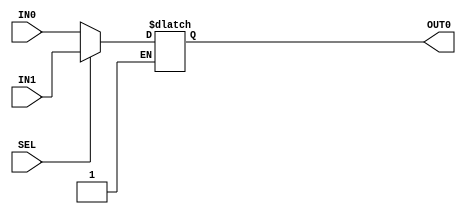
/* -----------------------------------------------------------------------------------
 * Module Name  : mux_2x1
 *
 * Description  : Basic input parmetrized 2 to 1 multiplexer
 * ----------------------------------------------------------------------------------- */

module mux_2x1#( parameter WIDTH = 4 )(     input [WIDTH-1:0] IN0,
                                            input [WIDTH-1:0] IN1,
                                            input SEL,
                                            output [WIDTH-1:0] OUT0 );

    reg [WIDTH-1:0] OUT0_r;

    always@( * )
    begin
        if( !SEL )
        begin
            OUT0_r = IN0;
        end
        else if( SEL )
        begin
            OUT0_r = IN1;
        end
    end

    assign OUT0 = OUT0_r;

endmodule